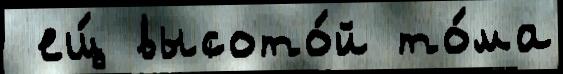
 ещ́ высото́й то́ма